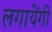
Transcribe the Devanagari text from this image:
लगायेंगी